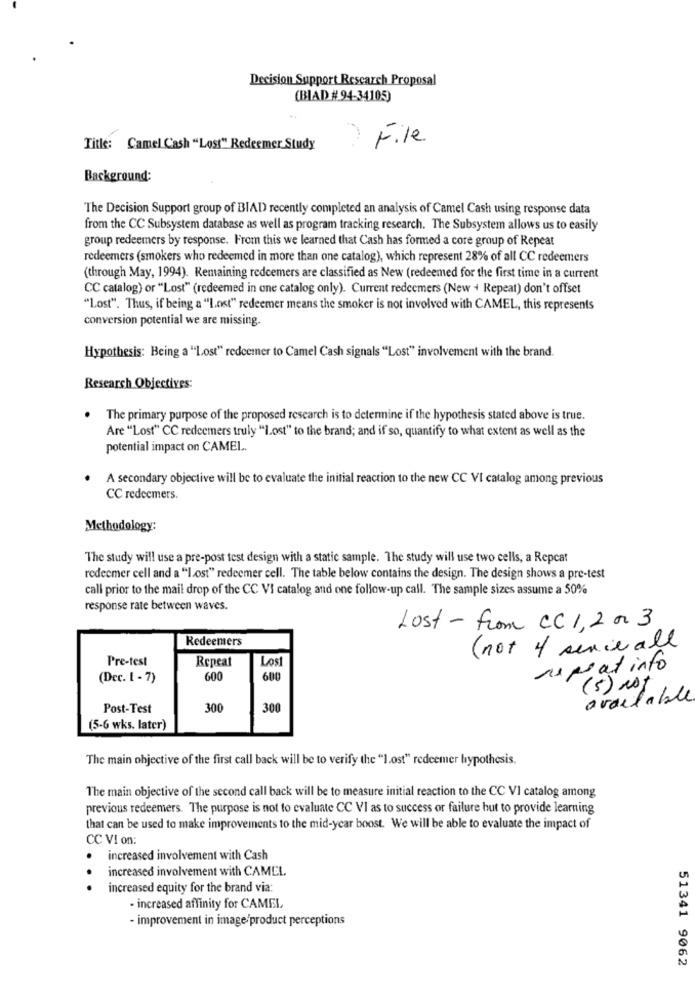
Decision Support Research Proposal
(BIAD # 94-34105)
) File
Title: Camel Cash "Lost" Redeemer Study
Background:
The Decision Support group of BIAD recently completed an analysis of Camel Cash using response data
from the CC Subsystem database as well as program tracking research. The Subsystem allows us to easily
group redeemers by response. From this we learned that Cash has formed a core group of Repeat
redeemers (smokers who redeemed in more than one catalog), which represent 28% of all CC redeemers
(through May, 1994). Remaining redcemers are classified as New (redeemed for the first time in a current
CC catalog) or "Lost" (redeemed in one catalog only). Current redeemers (New + Repeat) don't offset
"Lost". Thus, if being a "Lost" redeemer means the smoker is not involved with CAMEL, this represents
conversion potential we are missing.
Hypothesis: Being a "Lost" redeemer to Camel Cash signals "Lost" involvement with the brand.
Research Objectives:
The primary purpose of the proposed research is to determine if the hypothesis stated above is true.
Are "Lost" CC redeemers truly "Lost" to the brand; and if so, quantify to what extent as well as the
potential impact on CAMEL ..
A secondary objective will be to evaluate the initial reaction to the new CC VI catalog among previous
CC redeemers.
Methodology:
The study will use a pre-post test design with a static sample. The study will use two cells, a Repcat
redeemer cell and a "Lost" redeemer cell. The table below contains the design. The design shows a pre-test
call prior to the mail drop of the CC VI catalog and one follow-up call. The sample sizes assume a 50%
response rate between waves.
Lost - from CC 1, 2 or 3
Redeemers
(not 4 sence all
Pre-test
Repeat
Los
napsat info
(Dec. 1 - 7)
600
600
(5) rot
available
Post-Test
300
300
(5-6 wks. later)
The main objective of the first call back will be to verify the "lost" redeemer hypothesis.
The main objective of the second call back will be to measure initial reaction to the CC VI catalog among
previous redeemers. The purpose is not to evaluate CC VI as to success or failure hut to provide learning
that can be used to make improvements to the mid-year boost. We will be able to evaluate the impact of
CC VI on:
increased involvement with Cash
increased involvement with CAMEL.
.. .
increased equity for the brand via:
- increased affinity for CAMEL
- improvement in image/product perceptions
51341 9062